NAE_ERA_R-2324_Eesti_Vabariigi_Pohiseaduslik_Assamblee, lk 32
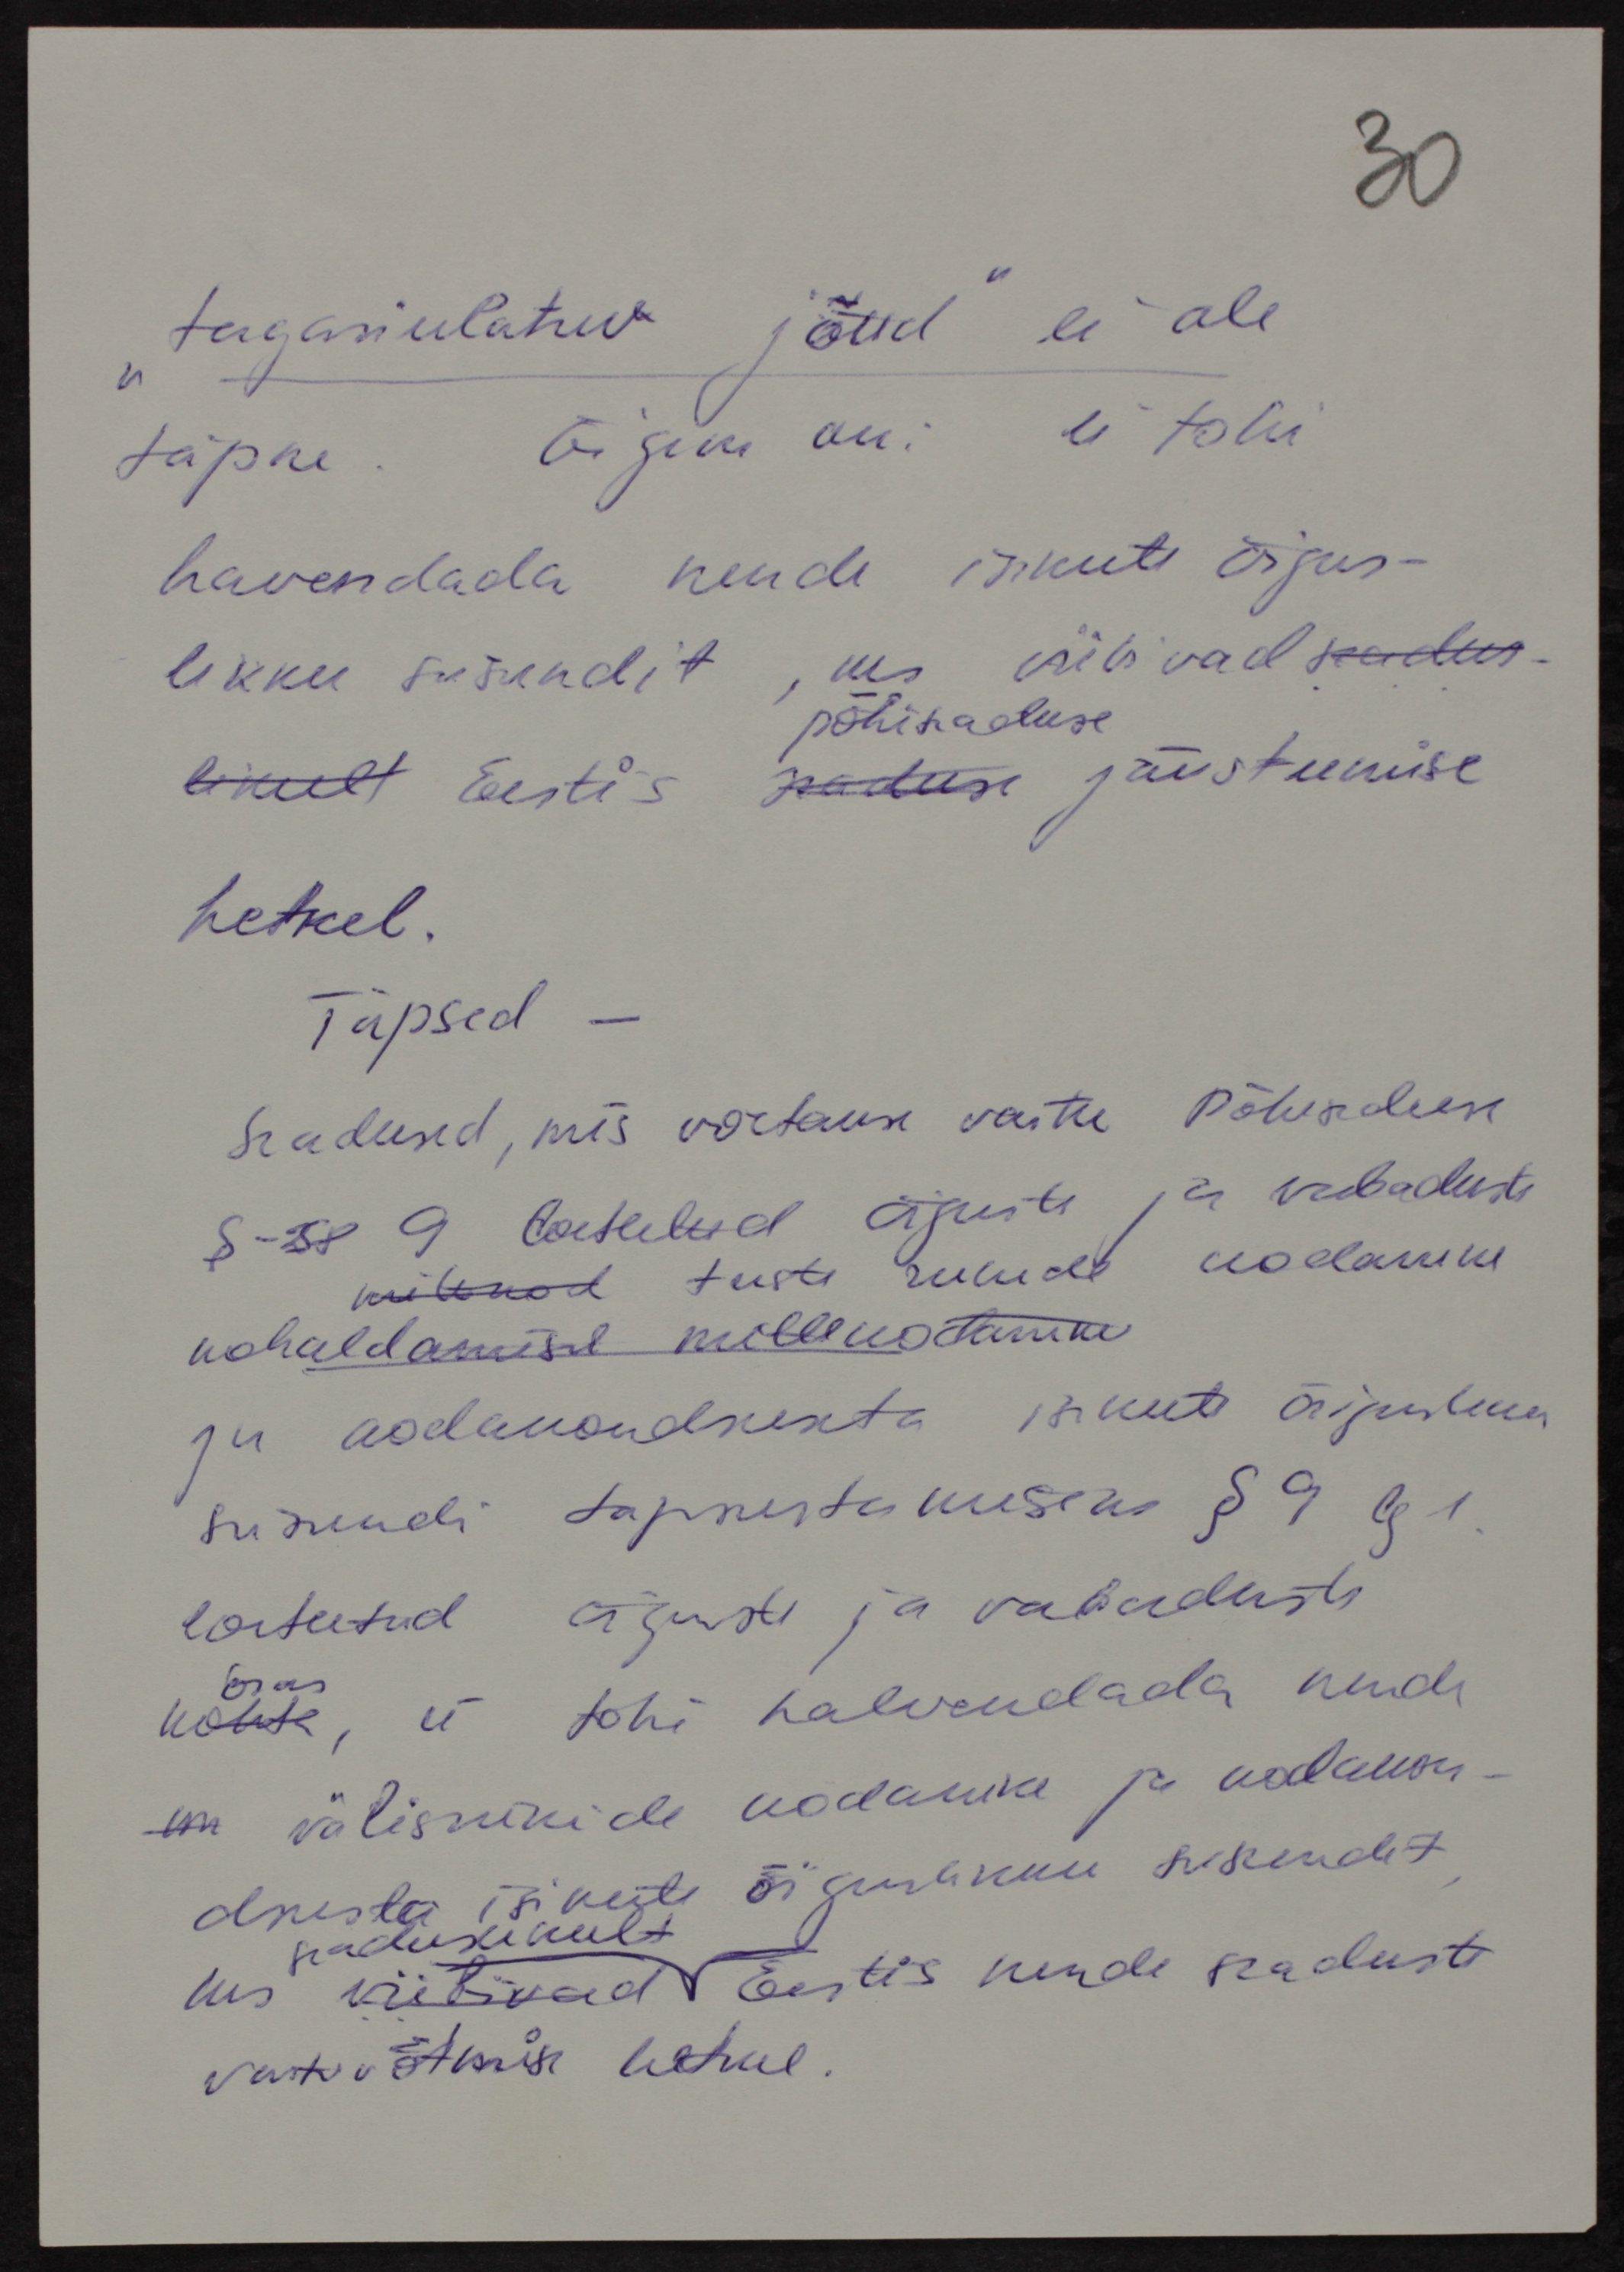
tagasiulatuv jõud" ei ole
täpne. Õigem on: ei tohi
havendada nende isikute õigus-
likku seisundit, kes viibivad seadus-
põhiseaduse
likult Eestis seaduse jõustumise
hetkel.
Täpsed -
Seadused, mis võetakse vastu põhiseaduse
§ 58 9 loetelud õiguste ja vabaduste
mitmed teiste muude kodanike
kohaldamisel mille ootamise
ju kodakondsuseta isikute õiguslikku
seisundi tapsustamiseks § 9 p 1
loetletud õiguste ja vabaduste
kohta, ei tohi halvendada nende
on välisriikide kodanike ja kodakon-
dusta isikute õiguslikku seisundit
kes viibivad Eestis nende seaduste
seaduslikult
vastuvõtmise hetkel.